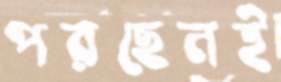
পরছেনই